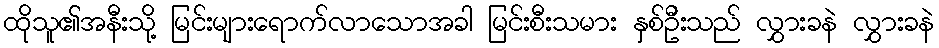
ထိုသူ၏အနီးသို့ မြင်းများရောက်လာသောအခါ မြင်းစီးသမား နှစ်ဦးသည် လွှားခနဲ လွှားခနဲ